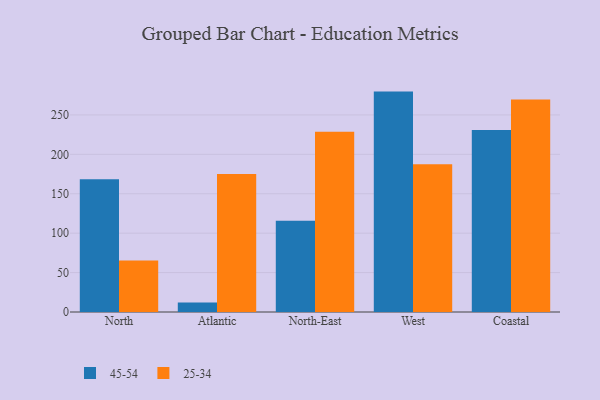
{"axis": {"x": "Region", "y": "Website Visitors"}, "legend": ["25-34", "45-54"], "data": [{"x": "North", "y": 168.5, "type": "45-54"}, {"x": "North", "y": 65.2, "type": "25-34"}, {"x": "Atlantic", "y": 11.9, "type": "45-54"}, {"x": "Atlantic", "y": 175.0, "type": "25-34"}, {"x": "North-East", "y": 115.7, "type": "45-54"}, {"x": "North-East", "y": 228.8, "type": "25-34"}, {"x": "West", "y": 279.6, "type": "45-54"}, {"x": "West", "y": 187.4, "type": "25-34"}, {"x": "Coastal", "y": 231.0, "type": "45-54"}, {"x": "Coastal", "y": 269.7, "type": "25-34"}]}